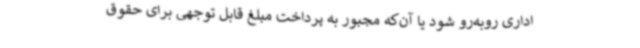
اداری روبه‌رو شود یا آن‌که مجبور به پرداخت مبلغ قابل توجهی برای حقوق